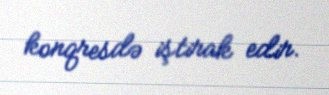
konqresdə iştirak edir.